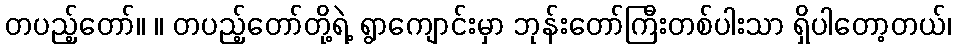
တပည့်တော်။ ။ တပည့်တော်တို့ရဲ့ ရွာကျောင်းမှာ ဘုန်းတော်ကြီးတစ်ပါးသာ ရှိပါတော့တယ်၊